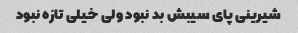
شیرینی پای سیبش بد نبود ولی خیلی تازه نبود